Report on plague in the Punjab from October 1st ... to September 30th ..., being the ... season of plague in the province
Disease focus: Plague
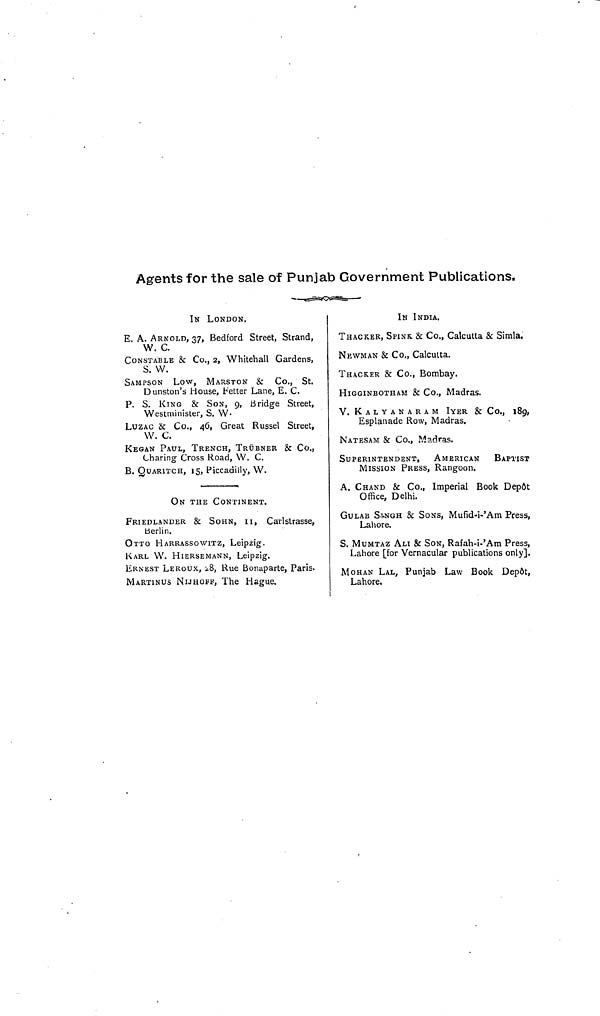
Agents for the sale of Punjab Government Publications.
IN LONDON.
E. A. ARNOLD, 37, Bedford Street, Strand,
W. C.
CONSTABLE & Co., 2, Whitehall Gardens,
S. W.
SAMPSON LOW, MARSTON & Co., St.
Dunston's House, Fetter Lane, E. C.
P. S. KING & SON, 9, Bridge Street,
Westminister, S. W.
LUZAC & Co., 46, Great Russel Street,
W. C.
KEGAN PAUL, TRENCH, TRÜBNER & Co.,
Charing Cross Road, W. C.
B. QUARITCH, 15, Piccadilly, W.
ON THE CONTINENT.
FRIEDLANDER & SOHN, 11, Carlstrasse,
Berlin.
OTTO HARRASSOWITZ, Leipzig.
KARL W. HIERSEMANN, Leipzig.
ERNEST LEROUX, 28, Rue Bonaparte, Paris.
MARTIN us NIJHOFF, The Hague.
IN INDIA.
THACKER, SPINK & Co., Calcutta & Simla.
NEWMAN & Co., Calcutta.
THACKER & Co., Bombay.
HIGGINEOTHAM & Co., Madras.
V. KALYANARAM IYER & Co., 189,
Esplanade Row, Madras.
SUPERINTENDENT,
AMERICAN
BAPTIST
MISSION PRESS, Rangoon.
A. CHAND & Co., Imperial Book Depdt
Office, Delhi.
GULAB SINGH & SONS, Mufid-i-'Am Press,
Lahore.
S. MUMTAZ ALI & SON, Rafah-i-'Am Press,
Lahore [for Vernacular publications only].
MOHAN LAL, Punjab Law Book Dep6t,
Lahore.